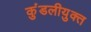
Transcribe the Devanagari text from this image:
कुंडलीयुक्त